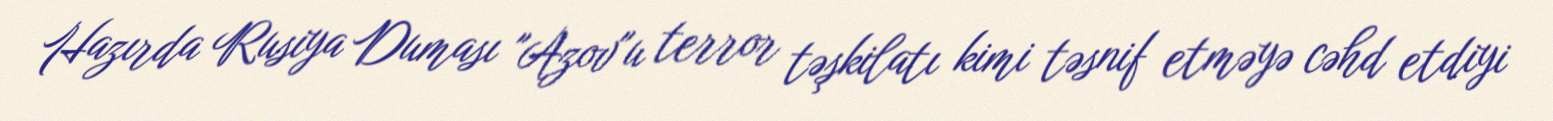
Hazırda Rusiya Duması "Azov"u terror təşkilatı kimi təsnif etməyə cəhd etdiyi